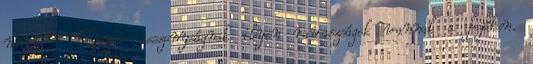
nőnek - Meyer asszonyságnak ilyen ravaszságok vannak a fejében.